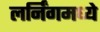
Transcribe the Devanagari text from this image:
लर्निंगमध्ये